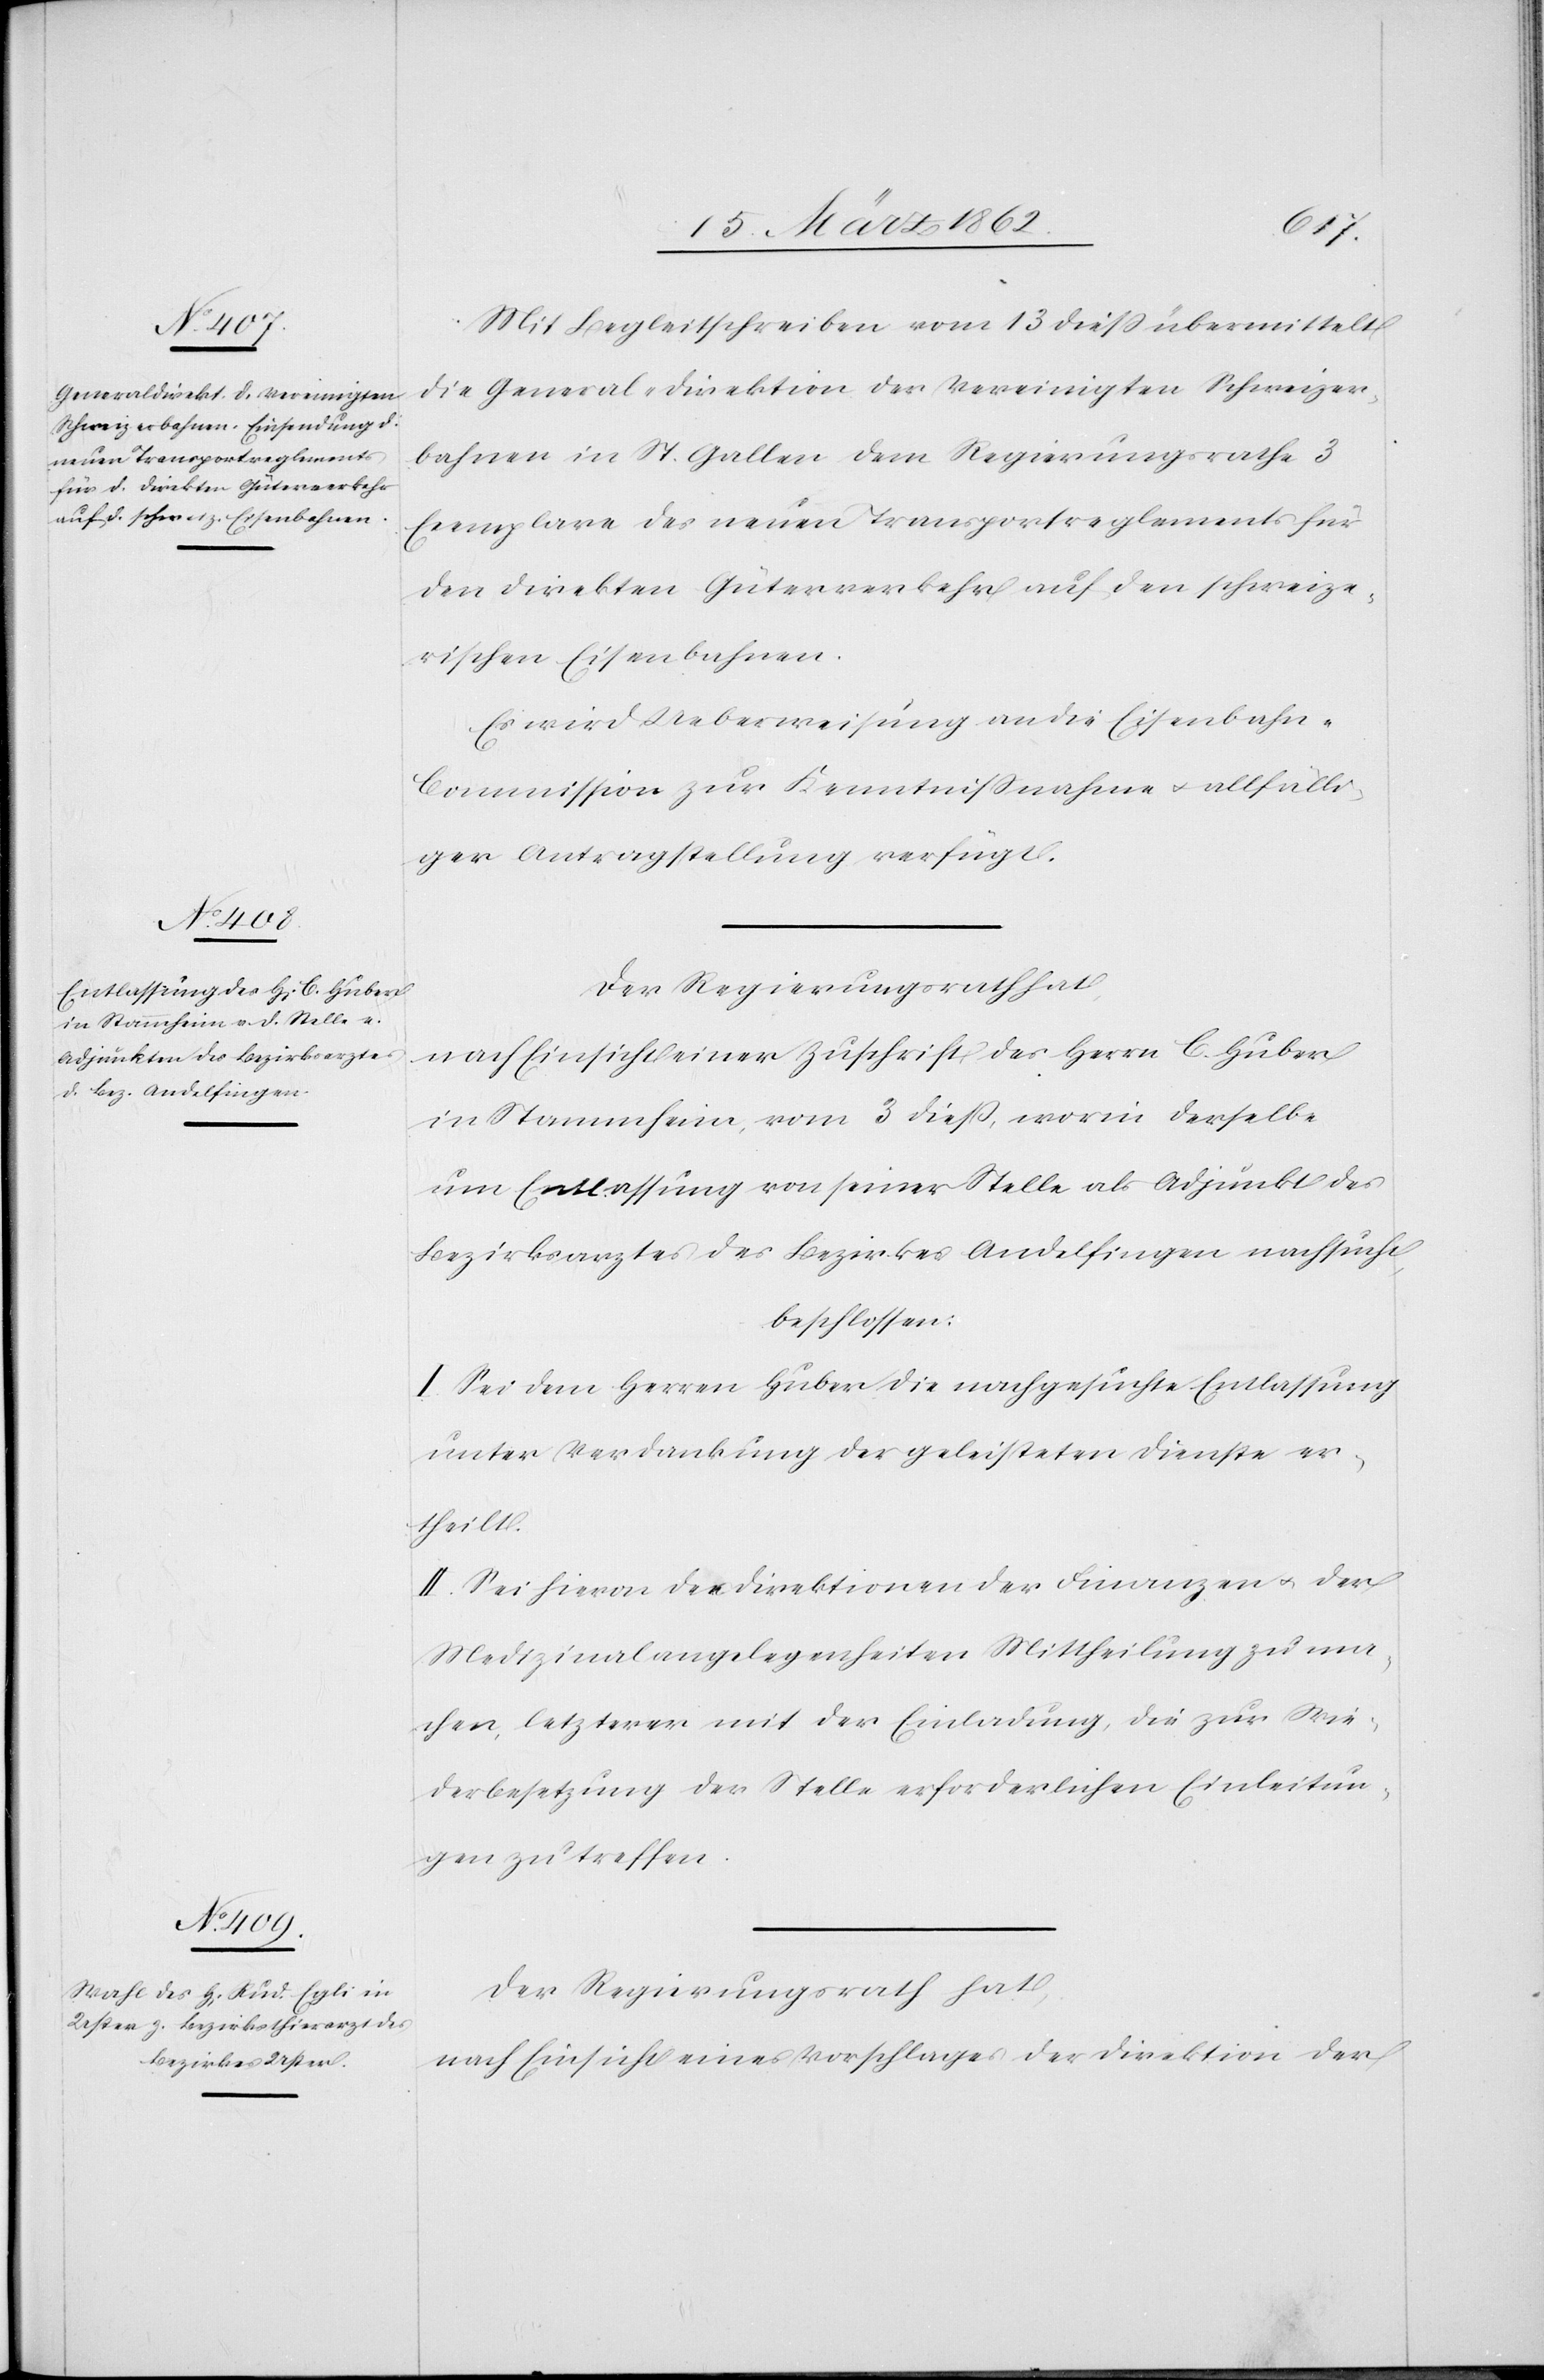
Mit Begleitschreiben vom 13 dieß übermittelt
die General-Direktion der Vereinigten Schweizer¬
bahnen in St. Gallen dem Regierungsrathe 3
Exemplare des neuen Transportreglements für
den direkten Güterverkehr auf den schweize¬
rischen Eisenbahnen.
Es wird Ueberweisung an die Eisenbahn-C¬
ommission zur Kenntnißnahme u. allfälli¬
ger Antragstellung verfügt.
Der Regierungsrath hat,
nach Einsicht einer Zuschrift des Herrn C. Huber
in Stammheim, vom 3 dieß, worin derselbe
um Entlassung von seiner Stelle als Adjunkt des
Bezirksarztes des Bezirkes Andelfingen nachsucht,
beschlossen:
I. Sei dem Herren Huber die nachgesuchte Entlassung
unter Verdankung der geleisteten Dienste er¬
theilt.
II. Sei hievon de[?n] Direktionen der Finanzen u. der
Medizinalangelegenheiten Mittheilung zu ma¬
chen, letzterer mit der Einladung, die zur Wie¬
derbesetzung der Stelle erforderlichen Einleitun¬
gen zu treffen.
Der Regierungsrath hat,
nach Einsicht eines Vorschlages der Direktion der